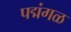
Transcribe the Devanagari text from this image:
पद्मंगळ